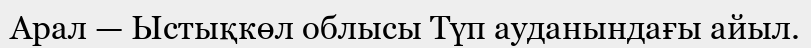
Арал — Ыстықкөл облысы Түп ауданындағы айыл.